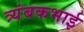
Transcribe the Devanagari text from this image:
त्र्यंबकभाई